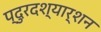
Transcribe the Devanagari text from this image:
प्दुरदश्यार्शन